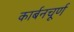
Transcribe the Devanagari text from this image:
कार्बनचूर्ण